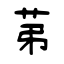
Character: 苐